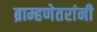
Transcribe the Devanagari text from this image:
ब्राम्हणेतरांनी